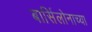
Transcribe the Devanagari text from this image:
बार्सिलोनाच्या